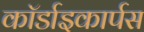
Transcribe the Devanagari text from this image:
कॉर्डाइकार्पस